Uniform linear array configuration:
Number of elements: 32
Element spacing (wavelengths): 0.25
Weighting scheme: exponential
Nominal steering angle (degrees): -60
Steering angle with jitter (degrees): -58.464
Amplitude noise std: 0.05
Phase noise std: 0.05

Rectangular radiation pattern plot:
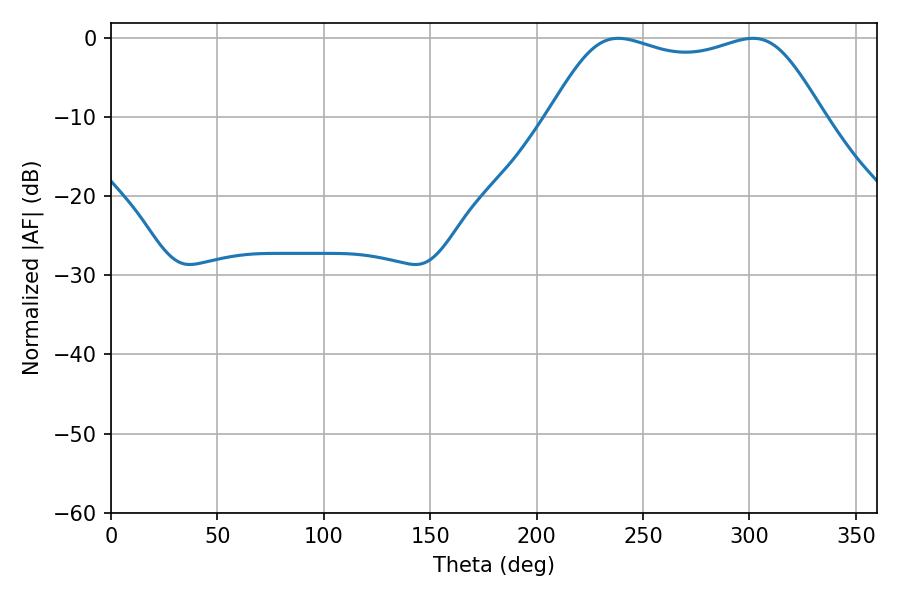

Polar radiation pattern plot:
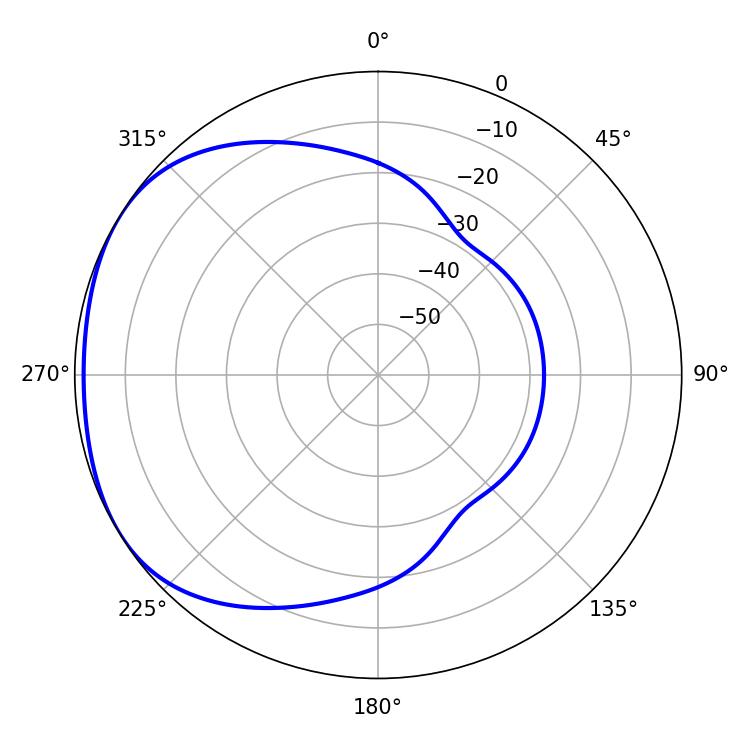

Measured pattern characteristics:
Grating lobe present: FALSE
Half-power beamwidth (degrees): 99
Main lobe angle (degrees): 238.32